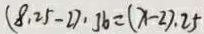
( 8 , 2 5 - 2 ) \cdot 3 6 = ( x - 2 ) . 2 5